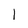
Character: 1